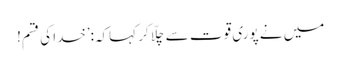
میں نے پوری قوت سے چلّا کر کہاکہ:’خدا کی قسم!